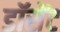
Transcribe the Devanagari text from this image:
डॉसेंट